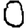
Digit: 0